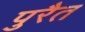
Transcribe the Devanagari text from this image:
पुरैत